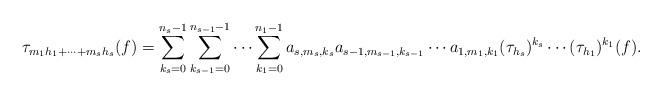
LaTeX: \begin{align*}\tau_{m_1h_1+\cdots+m_sh_s}(f) = \sum_{k_s=0}^{n_s-1} \sum_{k_{s-1}=0}^{n_{s-1}-1} \cdots \sum_{k_{1}=0}^{n_{1}-1} a_{s,m_s,k_s} a_{s-1,m_{s-1},k_{s-1}}\cdots a_{1,m_{1},k_{1}}(\tau_{h_s})^{k_s} \cdots (\tau_{h_1})^{k_1}(f).\end{align*}